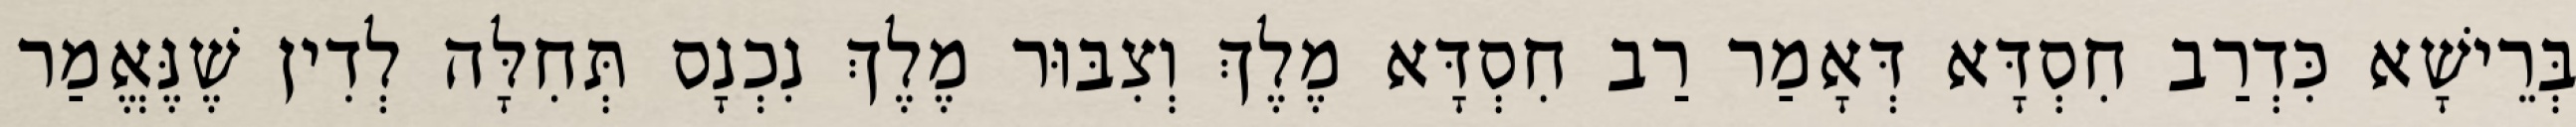
בְּרֵישָׁא כִּדְרַב חִסְדָּא דְּאָמַר רַב חִסְדָּא מֶלֶךְ וְצִבּוּר מֶלֶךְ נִכְנָס תְּחִלָּה לְדִין שֶׁנֶּאֱמַר